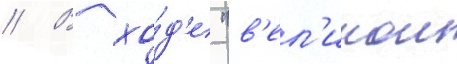
// В хо́д'е "в'ел'икои